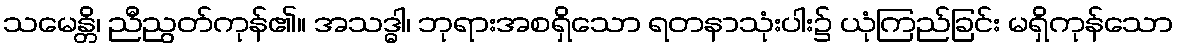
သမေန္တိ၊ ညီညွတ်ကုန်၏။ အသဒ္ဓါ၊ ဘုရားအစရှိသော ရတနာသုံးပါး၌ ယုံကြည်ခြင်း မရှိကုန်သော